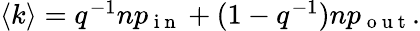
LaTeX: \begin{array}{r}{\langle k\rangle=q^{-1}np_{\mathrm{~i~n~}}+(1-q^{-1})np_{\mathrm{~o~u~t~}}.}\end{array}